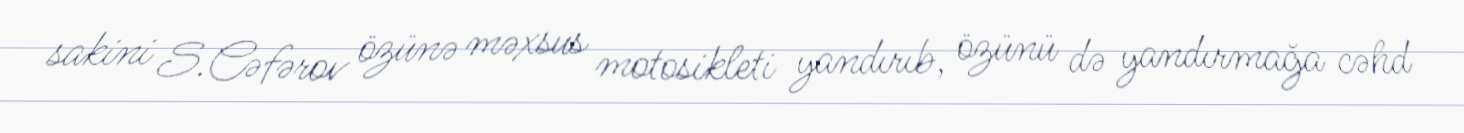
sakini S.Cəfərov özünə məxsus motosikleti yandırıb, özünü də yandırmağa cəhd